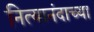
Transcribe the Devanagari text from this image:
नित्यानंदाच्या